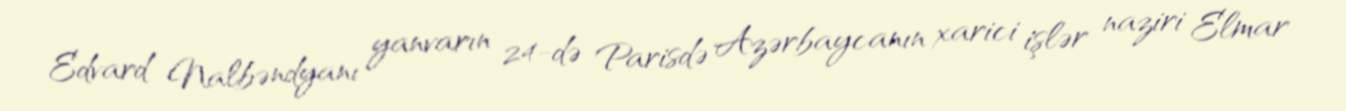
Edvard Nalbəndyanı yanvarın 24-də Parisdə Azərbaycanın xarici işlər naziri Elmar